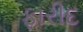
ફારીદ